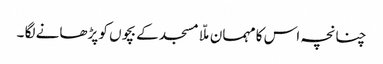
چنانچہ اس کا مہمان ملّا مسجد کے بچوں کو پڑھانے لگا ۔